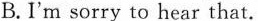
B. I'm sorry to hear that.